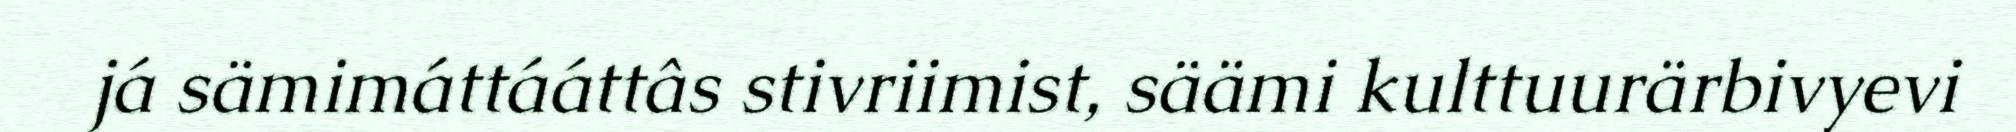
já sämimáttááttâs stivriimist, säämi kulttuurärbivyevi